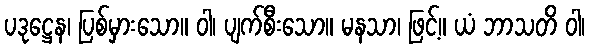
ပဒုဋ္ဌေန၊ ပြစ်မှားသော။ ဝါ၊ ပျက်စီးသော။ မနသာ၊ ဖြင့်။ ယံ ဘာသတိ ဝါ၊